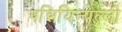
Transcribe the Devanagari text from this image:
पन्नियिन्पल्ली